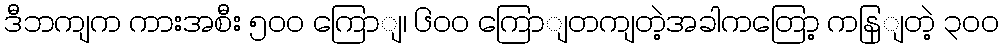
ဒီဘကျက ကားအစီး ၅၀၀ ကြောျ၊ ၆၀၀ ကြောျတကျတဲ့အခါကတြော့ ကနြျတဲ့ ၃၀၀